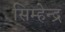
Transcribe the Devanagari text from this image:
सिम्हेन्द्र